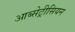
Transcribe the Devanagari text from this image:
आब्सेट्रीसियन